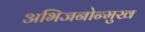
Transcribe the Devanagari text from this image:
अभिजनोन्मुख